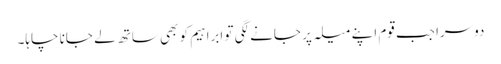
دوسرا جب قوم اپنے میلہ پر جانے لگی تو ابراہیم کو بھی ساتھ لے جانا چاہا۔